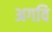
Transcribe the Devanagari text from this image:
अगवि